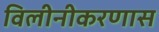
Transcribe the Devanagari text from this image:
विलीनीकरणास